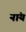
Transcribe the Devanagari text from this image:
नांय